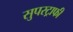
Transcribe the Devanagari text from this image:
सुपरट्राफी